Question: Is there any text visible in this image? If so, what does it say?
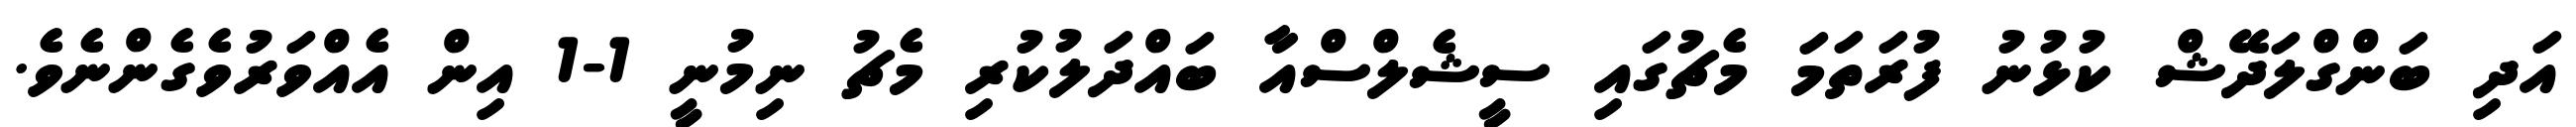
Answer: އަދި ބަންގްލަދޭޝް ކުޅުނު ފުރަތަމަ މެޗުގައި ސީޝެލްސްއާ ބައްދަލުކުރި މެޗު ނިމުނީ 1-1 އިން އެއްވަރުވެގެންނެވެ.